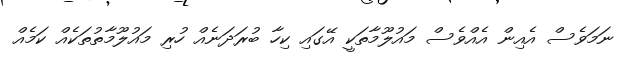
ނަމަވެސް އެއިން އެއްވެސް މައުލޫމާތަކީ އޭގައި ކިހާ ބުރަދަނެއް ހުރި މައުލޫމާތުތަކެއް ކަމެއް